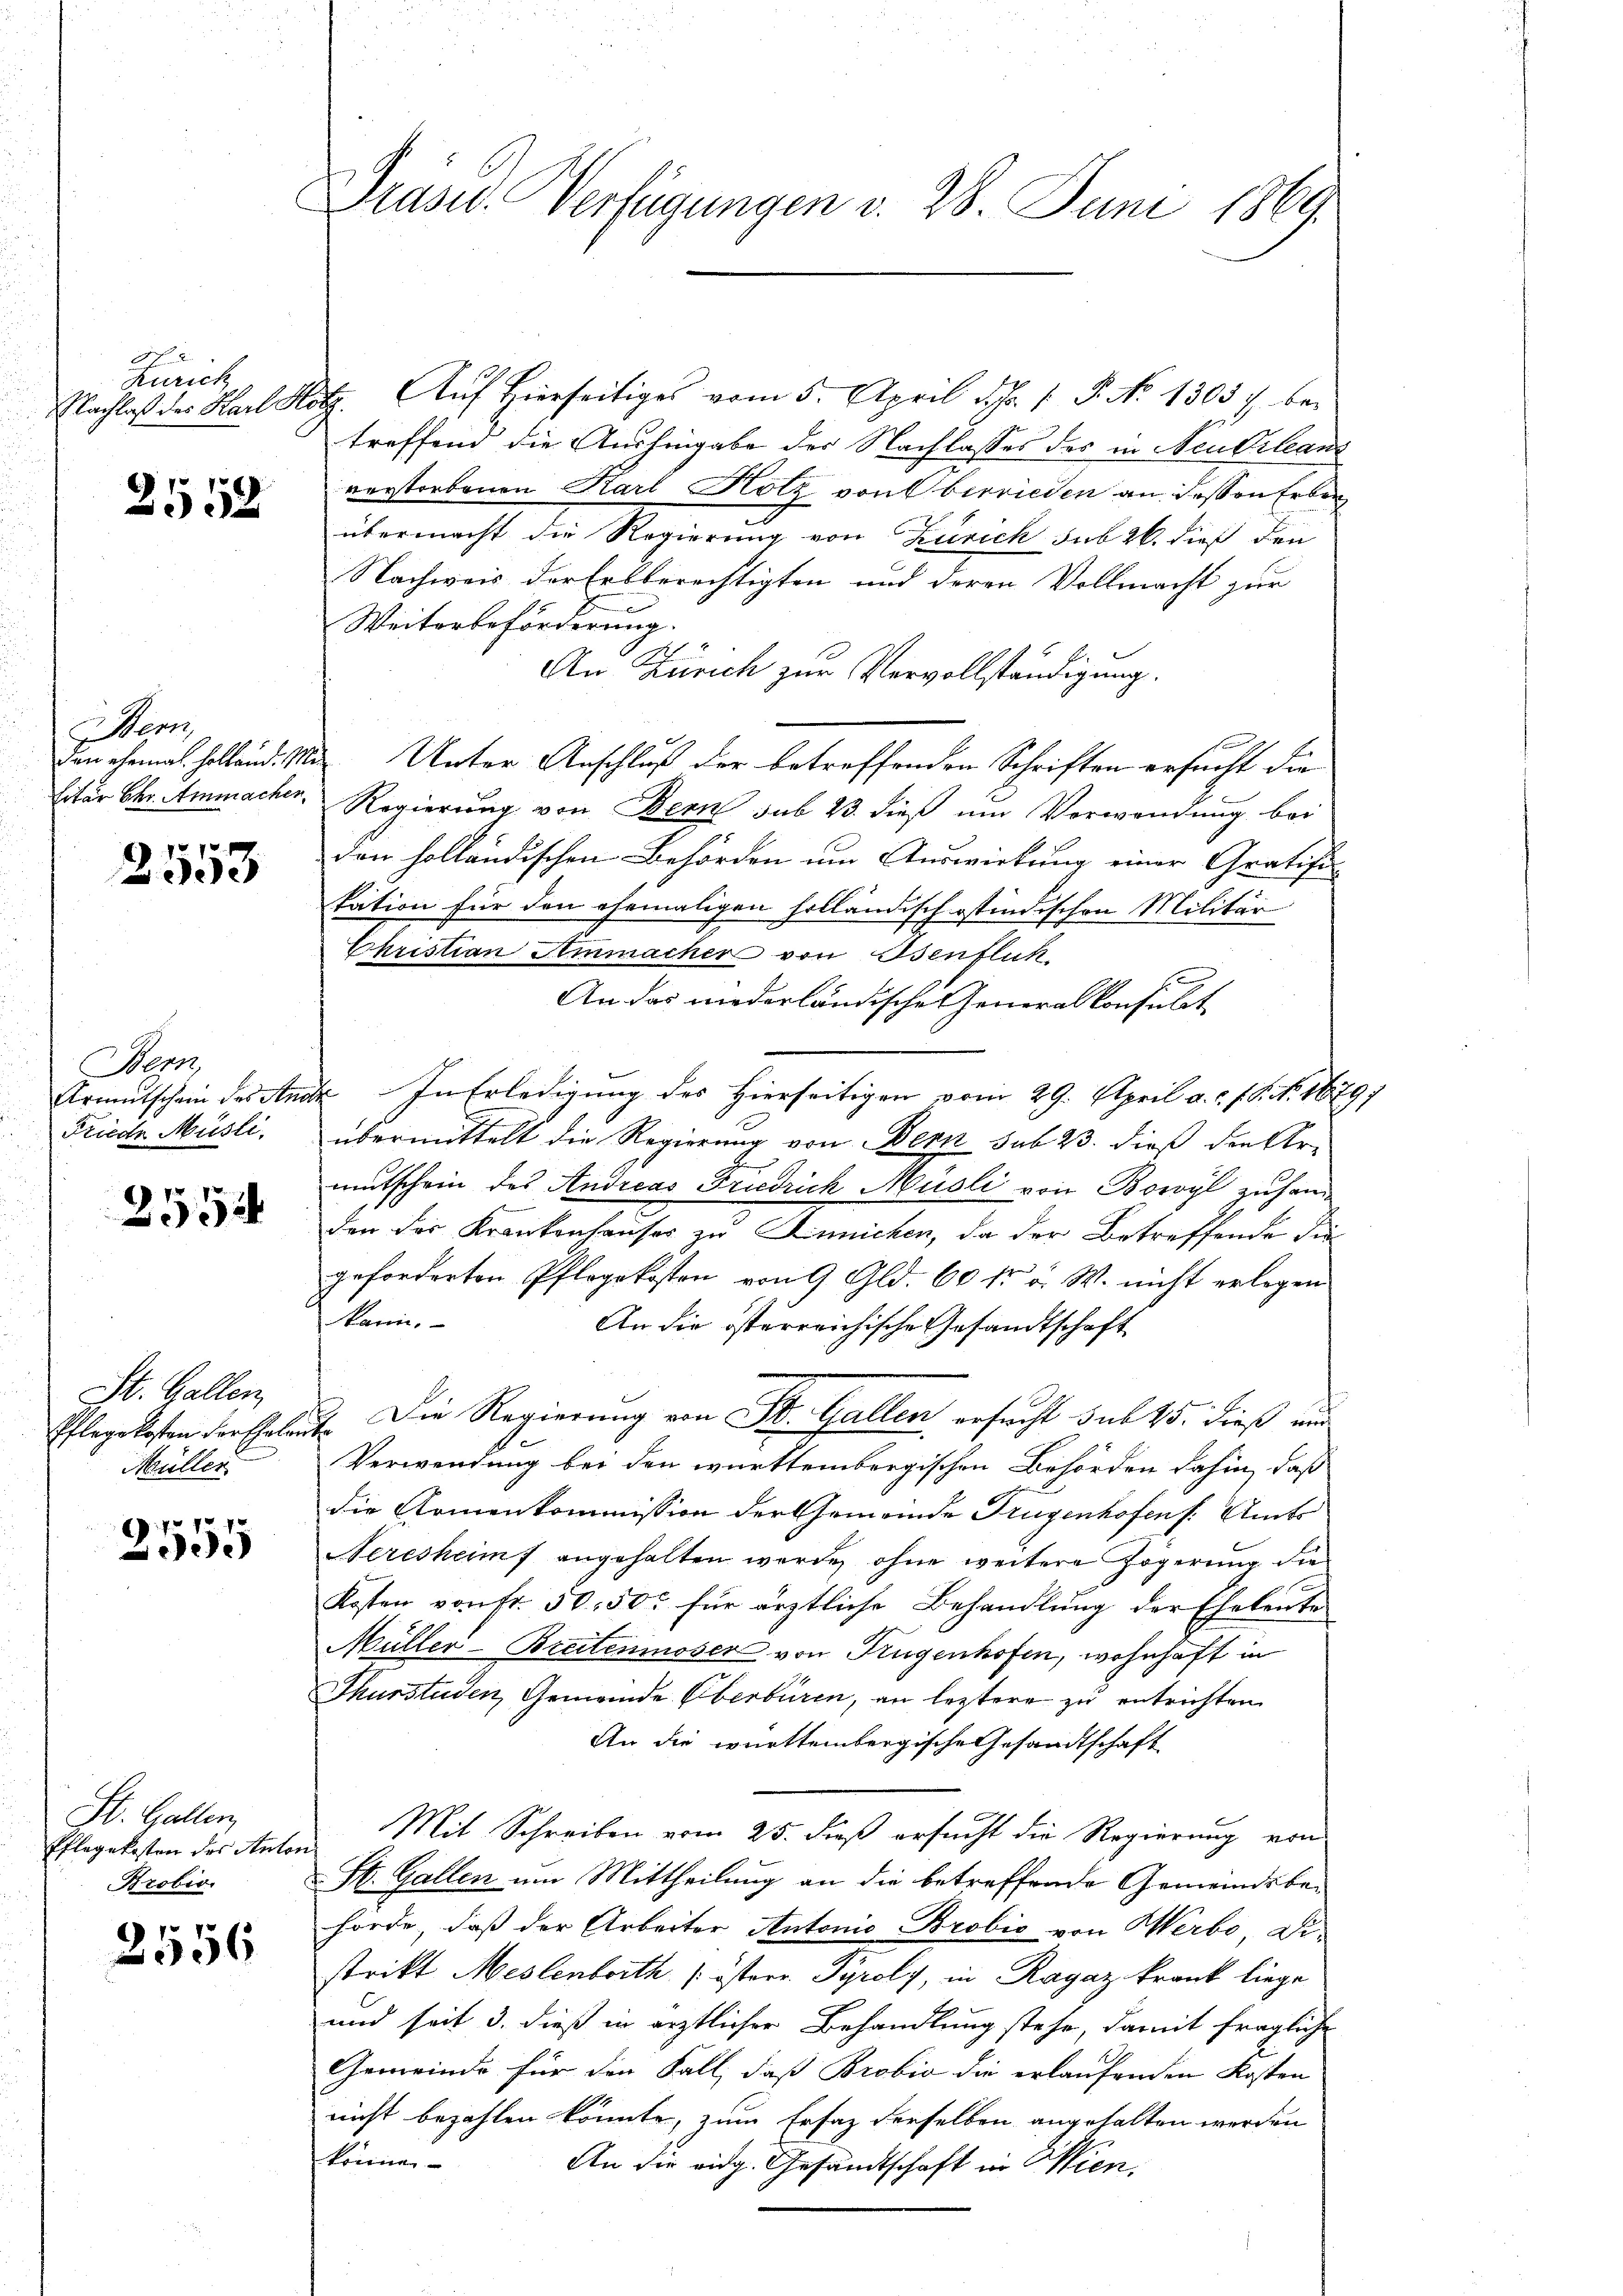
Zürich

2552

Henz

2553

Hern
Friede Müste.

7
994

St. Gallen,
Müller

2555

St. Gallen,
Pflegekosten des Anton
Brobio.

2556

Praser Verfügungen d. 28. Juni 1869.

Nachlaß des Karl Holz. Auf hierseitiges vom 5. April d. J. 1. P. No 1303 u. betreffend die Aushingabe der Nachlasses des in Neudrleant
verstorbenen Karl Hotz von berrieden an dessen Erben
übermacht die Regierung von Zürich sub 26. dieß den
Nachweis der Erbberechtigten und deren Vollmacht zur
e
Weiterbeförderung.
An Zürich zur Vervollständigung.
den ehemal. Holland. Mit Unter Anschluß der betreffenden Schriften ersucht die
litär Chr. Emmacher, Regierung von Bern sub 23. dieß um Verwendung bei
den holländischen Behörden um Auswirkung einer Gratifi-
tation für den ehemaligen holländisch ostindischen Militär
Christian Ammacher von Osenflik
An das niederländische Generalkonsulat
Armutschein des Anck. In Erledigung des Hierseitigen vom 29. April a. c. f. S. N. 1879;
übermittelt die Regierung von Bern sub 23. dieß den Ar-
mutschein des Andreas Friedrich Müsli von Bowyl zusam
den der Krankenhauser zu Linnichen, da der Betreffende die
geforderten Pflegekosten von 9 Gld. 60 fr v. W. nicht erlegen
kann.
An die österreichische Gesandtschaft
Pflegelosten der Eheleut. Die Regierung von St. Gallen ersucht sub 15. dieß und
Verwendung bei den württembergischen Behörden dahin, daß
die Armenkommission der Gemeinde Trugenhofen s. Amts
Neresheimf angehalten werde, ohne weitere Zögerung die
Kosten von fr. 50. 50 für ärztliche Behandlung der Eheleute
Müller-Breitenmoser von Krügenhofen, wohnhaft in
Thurstuden, Gemeinde Oberbüren, an leztere zu entrichten
An die württembergische Gesandtschaft
Mit Schreiben vom 25. dieß ersucht die Regierung von
St. Gallen um Mittheilung an die betreffende Gemeindsbehörde, daß der Arbeiter Antonis Brobis von Werbe, Di
strikt Meslenboth (isterr. Pyroly, in Ragaz krank liege
und seit 3. dieß in ärztlicher Behandlung stehe, damit fragliche
Gemeinde für den Fall, daß Brobio die erlaufenden Kosten
nicht bezahlen könnte, zum Erfaz derselben angehalten werden
könne
An die eidg. Gesandtschaft in Wien.